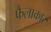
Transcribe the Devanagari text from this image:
फैलाकार